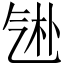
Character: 𬇑